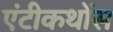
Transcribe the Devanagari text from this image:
एंटीकथोंस